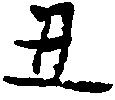
丑